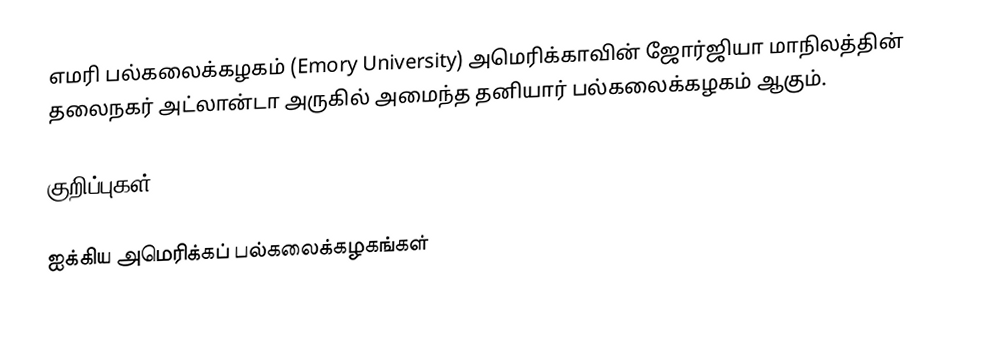
எமரி பல்கலைக்கழகம் (Emory University) அமெரிக்காவின் ஜோர்ஜியா மாநிலத்தின் தலைநகர் அட்லான்டா அருகில் அமைந்த தனியார் பல்கலைக்கழகம் ஆகும்.

குறிப்புகள்

ஐக்கிய அமெரிக்கப் பல்கலைக்கழகங்கள்